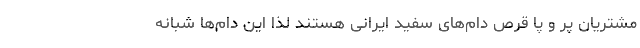
مشتریان پر و پا قرص دام‌های سفید ایرانی هستند لذا این دام‌ها شبانه